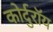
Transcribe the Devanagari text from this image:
कोर्दुरॉय